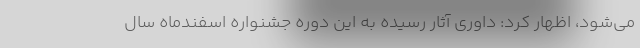
می‌شود، اظهار کرد: داوری آثار رسیده به این دوره جشنواره اسفندماه سال